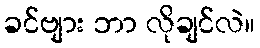
ခင်ဗျား ဘာ လိုချင်လဲ။